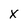
Character: x